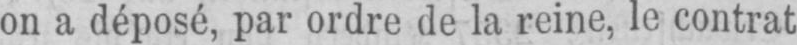
on a déposé, par ordre de la reine, le contrat